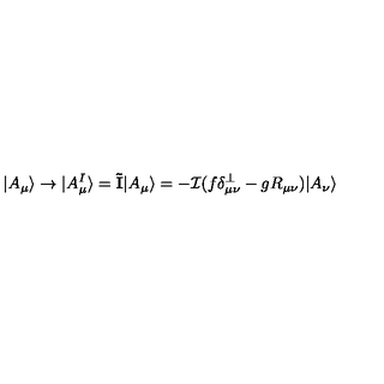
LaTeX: | A _ { \mu } \rangle \to | A _ { \mu } ^ { I } \rangle = { \mathbf { \tilde { I } } } | A _ { \mu } \rangle = - { \mathcal I } ( f \delta _ { \mu \nu } ^ { \perp } - g R _ { \mu \nu } ) | A _ { \nu } \rangle